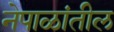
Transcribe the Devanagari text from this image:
नेपाळांतील